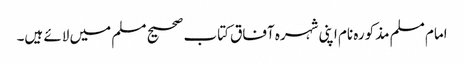
امام مسلم مذکورہ نام اپنی شہرہ آفاق کتاب صحیح مسلم میں لائے ہیں۔